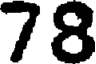
78